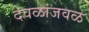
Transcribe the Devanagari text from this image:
देवळांजवळ